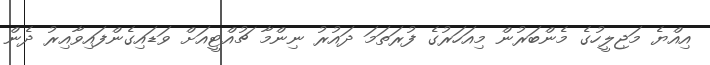
އިއްޔެ މަޖިލީހުގެ މެންބަރުން މިއަހަރުގެ ފުރަތަމަ ދައުރު ނިންމާ ޗުއްޓީއަށް ވަޑައިގެންފައިވާއިރު ދެން